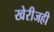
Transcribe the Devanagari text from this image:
खेरीजही